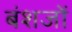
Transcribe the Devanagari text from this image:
बंशजों